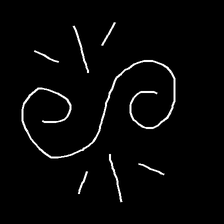
Glyph: wind-directs-air